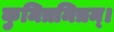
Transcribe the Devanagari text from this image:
कुमित्रमित्रम्।